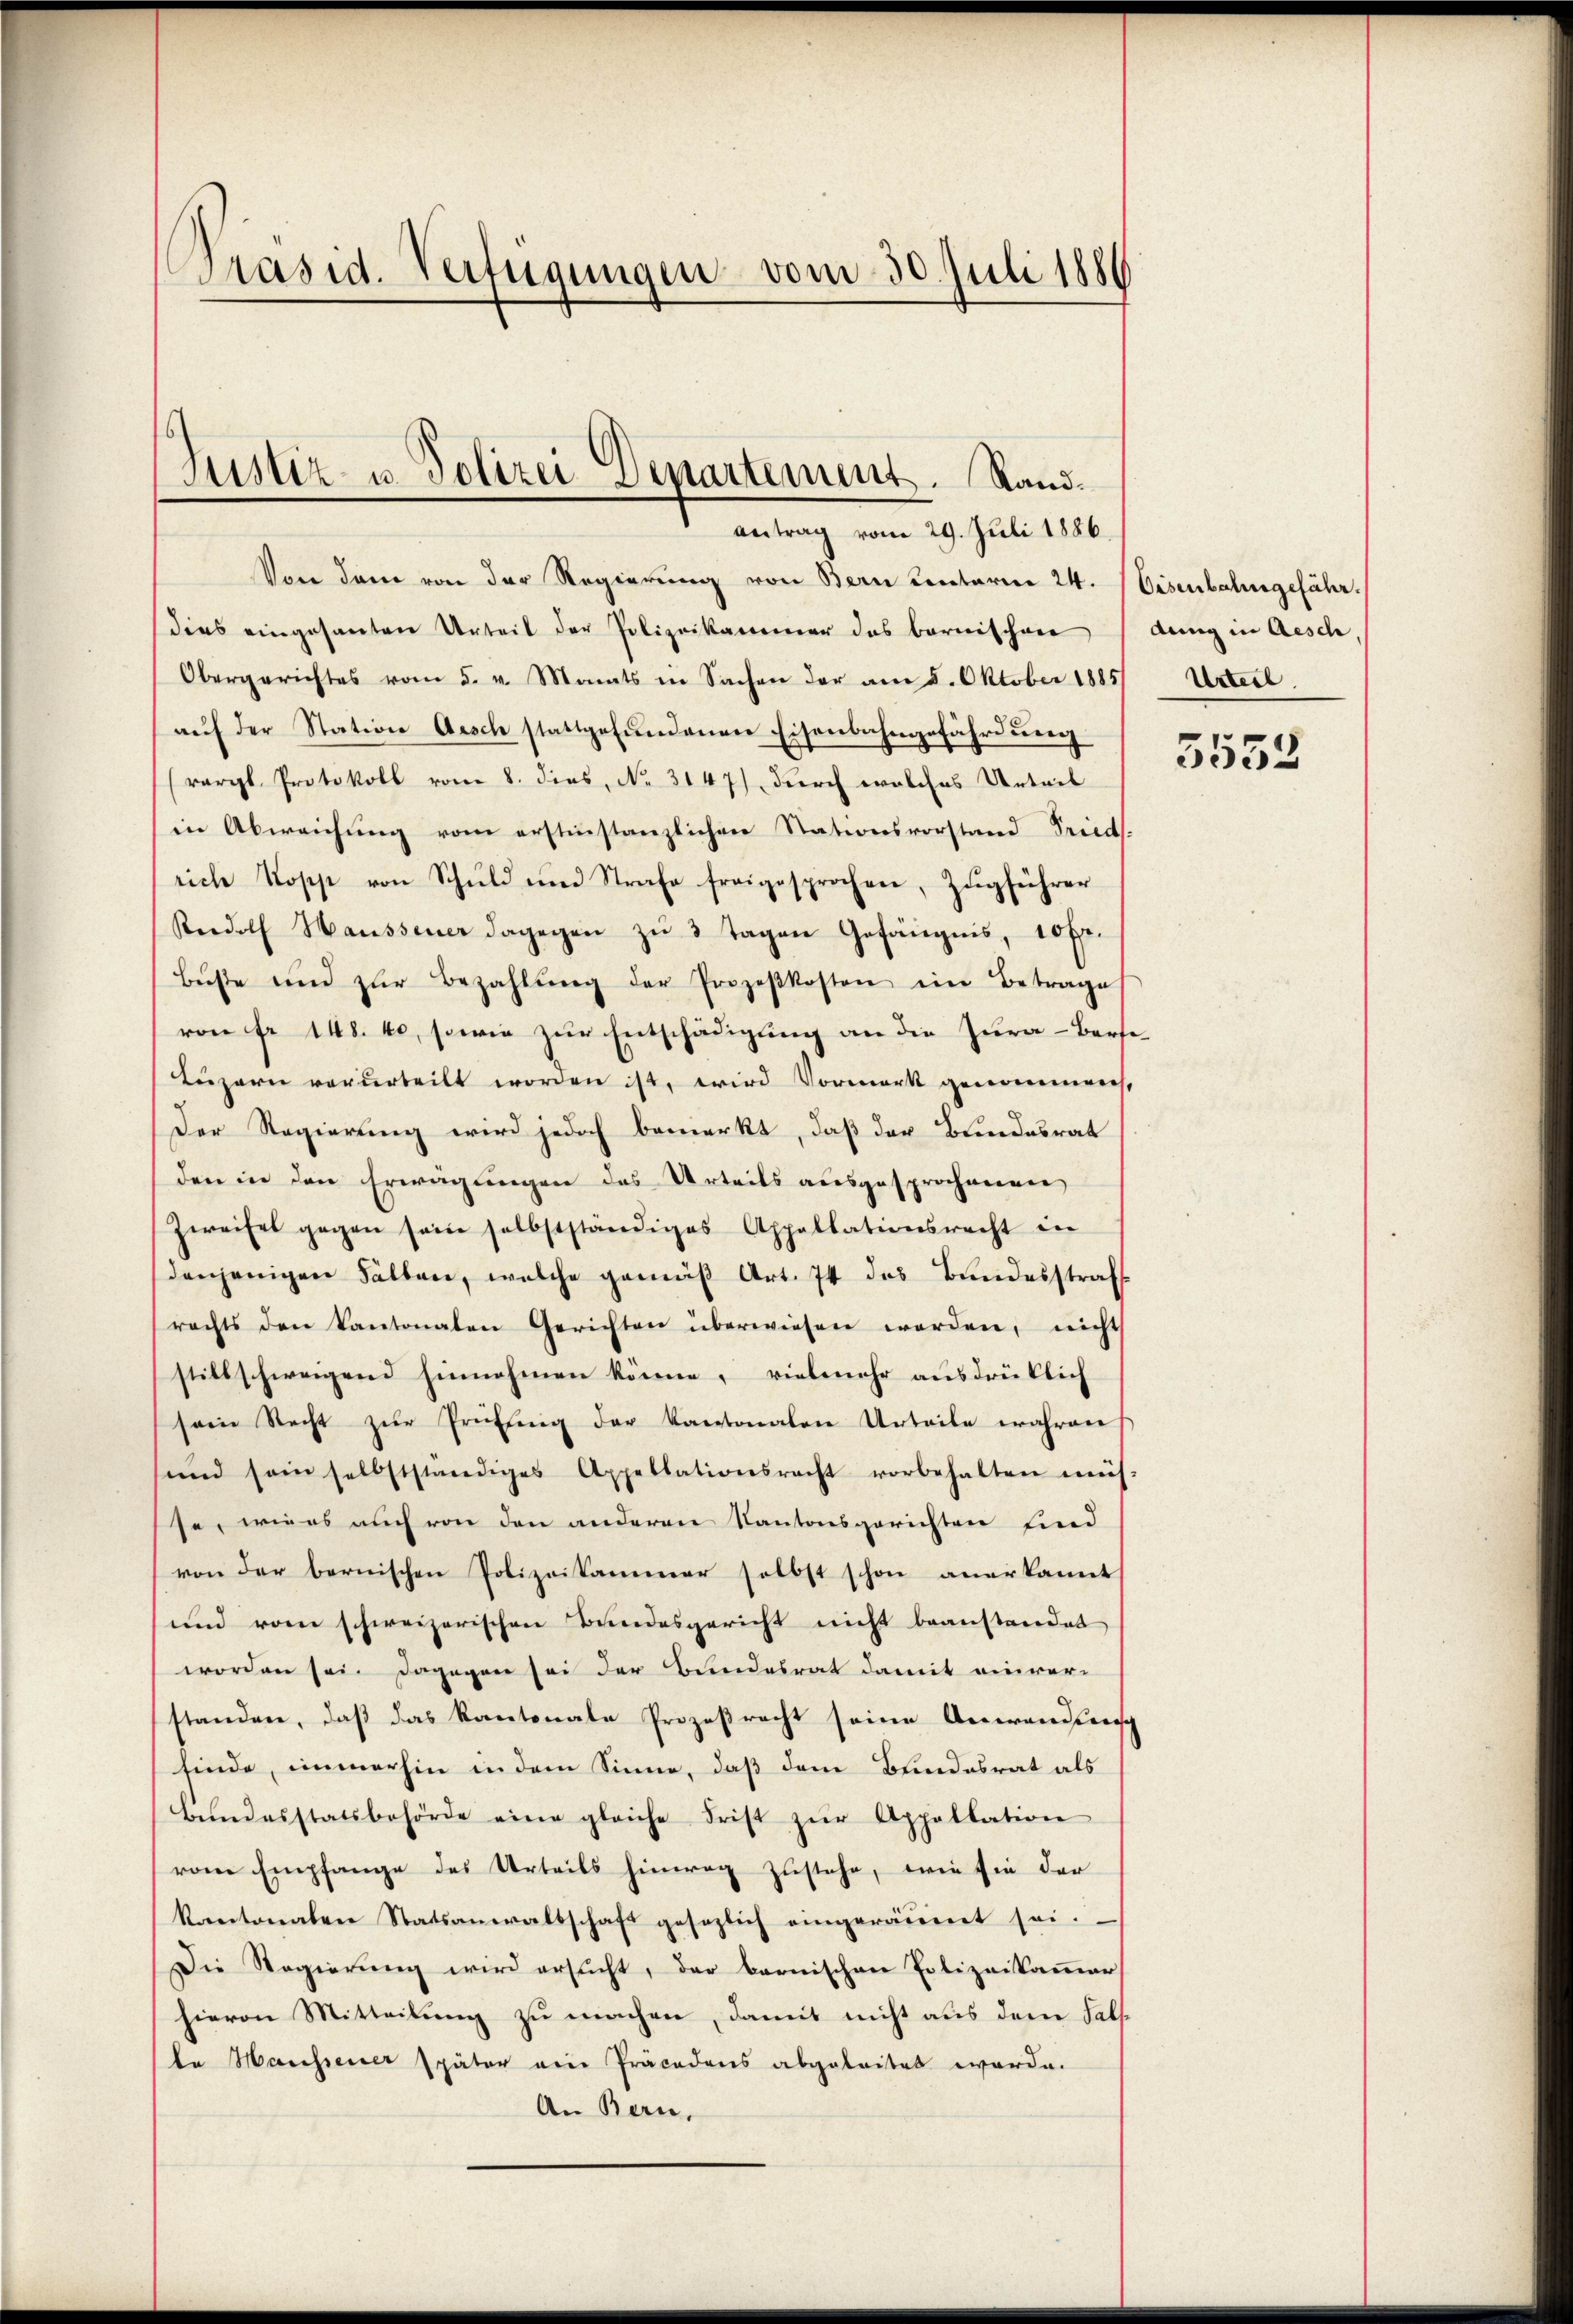
Präsid. Verfügungen vom 30. Juli 1886

Justiz u. Polizei Departement. Randantrag vom 29. Juli 1886.

Von dem von der Regierung von Bern Kenterm 24. Eisenbahngefähr
dies eingesanten Urteil der Polizeikammer das bernischen (dung in Aesch
Obergerichtes vom 5. v. Monats in Sachen der am 5. Oktober 1885
auf der Station Aesch stattgefundenen Eisenbahngefährdung
(vergl. Protokoll vom 8. dies, No. 3147), durch welches Urteil
in Abweichung vom erstinstanzlichen Stationsvorstand Seinds-
rich Kopp von Schuld und Strafe freigesprochen, Zugführer
Rudolf Haussener dagegen zŭ 3 Tagen Gefängnis, 10 Fr.
bŭsse und zŭr Bezahlŭng der Prozeßkosten ein Betrage
von Fr. 148. 60, sowie zur Entschädigung an die Jura-Verse¬
Luzern verurteilt worden ist, wird Vormerk genommen,
Der Regierung wird jedoch bemerkt, daß der Bundesrat
den in den Erwägungen des Urteils ausgesprochenen
Zweifel gegen sein selbstständiges Appellationsrecht in
denjenigen Fällen, welche gemäß Art. 74 des Bundesstraf
rechts den Kantonaten Gerichten überwiesen worden, nicht
stillschweigend hinnehmen könne, vielmehr ausdrücklich
sein Recht zur Prüfung der Kantonalen Urteile wahren
und sein selbstständiges Appellationsrecht vorbehalten müs-
se, wie es auch von den anderen Kantonsgerichten find
von der bernischen Polizeikammer selbst schon anerkannt
und vom schweizerischen Bundesgericht nicht beanstandet
worden sei. Dagegen sei der Bundesrat damit einver-
standen, daß das Kantonale Prozesrecht seine Anwandtensch
finde, immerhin in dem Sinne, daß dem Bundesrat als
Bŭndesstatsbehörde eine gleiche Frist zŭr Appellation
vom Empfange des Urteils hinweg zustehe, wie sie der
kantonalen Statsanwaltschaft gesezlich eingeräumt sei.
Die Regierŭng wird ersŭcht, der bernischen Polizeikammer
hievon Mitteilung zu machen, damit nicht aus dem Fall
te Massener später eine Präcedens abgeleitet werde.
An Bern,

Urteil.

3553